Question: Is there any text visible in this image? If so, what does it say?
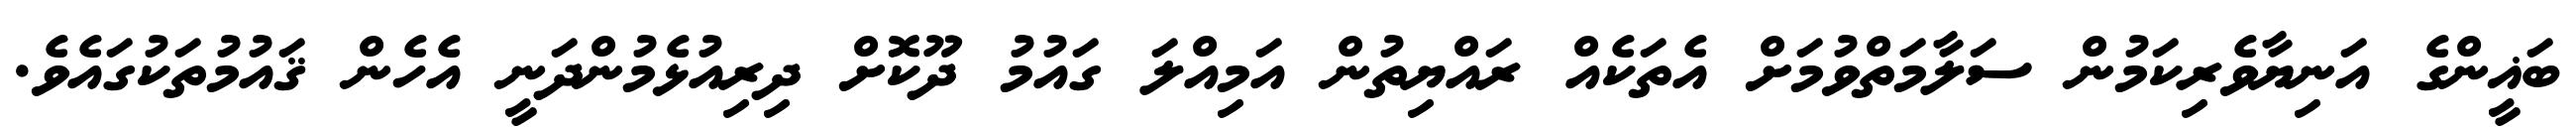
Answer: ބަޣީންގެ އަނިޔާވެރިކަމުން ސަލާމަތްވުމަށް އެތަކެއް ރައްޔިތުން އަމިއްލަ ގައުމު ދޫކޮށް ދިރިއުޅެމުންދަނީ އެހެން ޤައުމުތަކުގައެވެ.